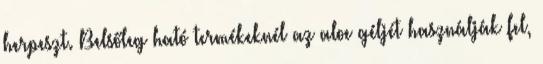
herpeszt. Belsőleg ható termékeknél az aloe géljét használják fel,